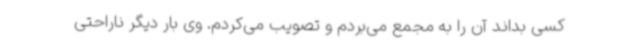
کسی بداند آن را به مجمع می‌بردم و تصویب می‌کردم. وی بار دیگر ناراحتی